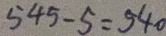
5 4 5 - 5 = 5 4 0